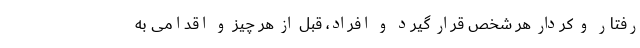
رفتار و کردار هر شخص قرار گیرد و افراد، قبل از هر چیز و اقدامی به